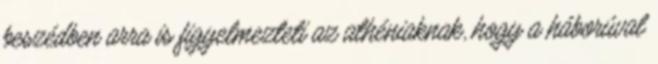
beszédben arra is figyelmezteti az athéniaknak, hogy a háborúval